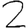
Digit: 2